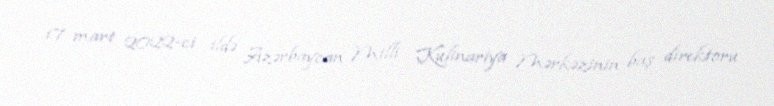
17 mart 2022-ci ildə Azərbaycan Milli Kulinariya Mərkəzinin baş direktoru